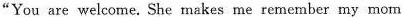
"You are welcome. She makes me remember my mom